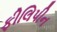
ફીલિપીન